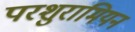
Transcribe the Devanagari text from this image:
परशुरामियन